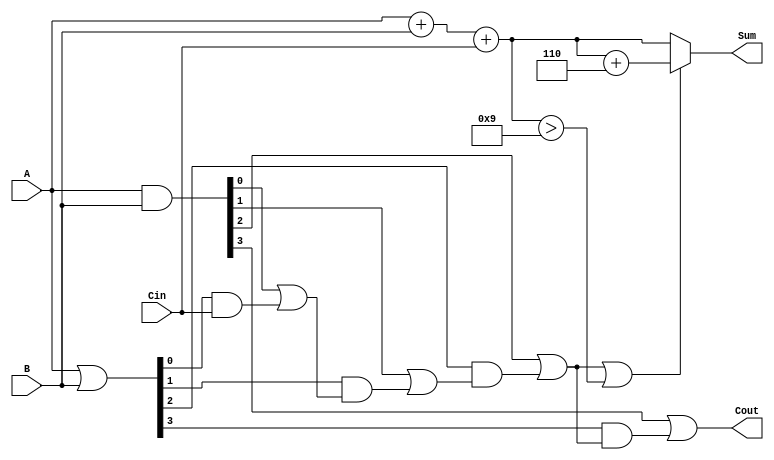
module BCD_Carry_Lookahead_Adder (
    input  [3:0] A,       // 4-bit BCD input A
    input  [3:0] B,       // 4-bit BCD input B
    input        Cin,      // Carry input
    output reg [3:0] Sum,  // 4-bit BCD sum output
    output reg Cout        // Carry output
);

    wire [4:0] S;         // 5-bit sum to accommodate carry
    wire [3:0] G;         // Generate signals
    wire [3:0] P;         // Propagate signals
    wire C1, C2, C3;      // Carry signals

    // Step 1: Calculate initial binary sum
    assign S = A + B + Cin;

    // Step 2: Generate and propagate signals
    assign G = A & B;     // Generate signals
    assign P = A | B;     // Propagate signals

    // Step 3: Carry calculations using carry lookahead logic
    assign C1 = G[0] | (P[0] & Cin);
    assign C2 = G[1] | (P[1] & C1);
    assign C3 = G[2] | (P[2] & C2);
    assign Cout = G[3] | (P[3] & C3);

    // Step 4: BCD Correction Logic
    always @(*) begin
        if (C3 || S[3:0] > 4'd9) begin
            Sum = S[3:0] + 4'd6; // Add 6 for BCD correction
        end else begin
            Sum = S[3:0]; // No correction needed
        end
    end

endmodule